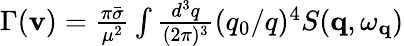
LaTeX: \begin{array}{r}{\Gamma(\mathbf{v})=\frac{\pi\bar{\sigma}}{\mu^{2}}\int\frac{d^{3}q}{(2\pi)^{3}}(q_{0}/q)^{4}S(\mathbf{q},\omega_{\mathbf{q}})}\end{array}